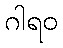
ဂါရဝ